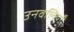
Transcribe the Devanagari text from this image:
उनवलियाँ